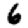
Digit: 6